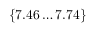
{ \{ 7 . 4 6 \dots 7 . 7 4 \} }